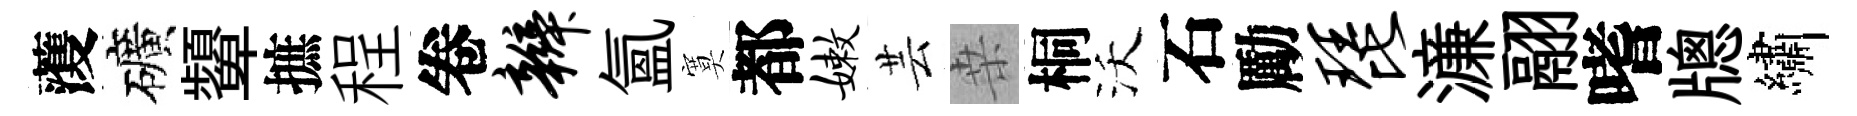
𮑮礦顰摭程卷辫氳寞都嫩芸桒桐沃石勵琵濓翮嗜牕繡